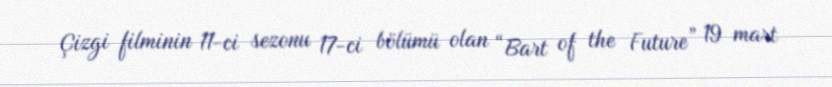
Çizgi filminin 11-ci sezonu 17-ci bölümü olan “Bart of the Future” 19 mart